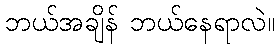
ဘယ်အချိန် ဘယ်နေရာလဲ။